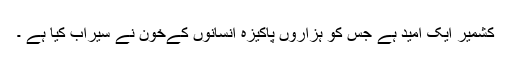
کشمیر ایک امید ہے جس کو ہزاروں پاکیزہ انسانوں کےخون نے سیراب کیا ہے ۔